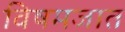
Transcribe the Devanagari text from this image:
विषमजात